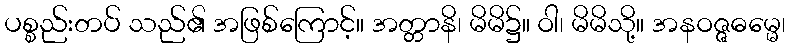
ပစ္စည်းတပ် သည်၏ အဖြစ်ကြောင့်။ အတ္တာနိ၊ မိမိ၌။ ဝါ၊ မိမိသို့။ အနဝဇ္ဇဓမ္မေ၊